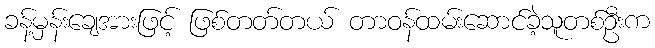
ခန့်မှန်းချေအားဖြင့် ဖြစ်တတ်တယ် တာဝန်ထမ်းဆောင်ခဲ့သူတစ်ဦးက